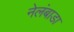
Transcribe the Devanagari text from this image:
नेलंबाडा